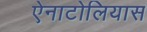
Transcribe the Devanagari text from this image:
ऐनाटोलियास